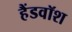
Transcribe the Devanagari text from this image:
हैंडवॉश